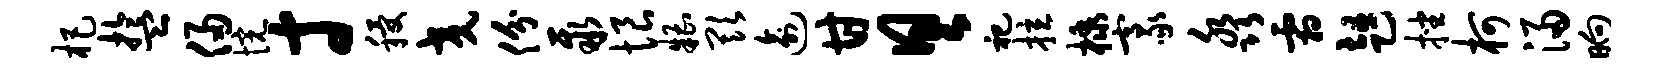
杷盂侵惋寸稷交份聚恨糟欺逾甘具祀拉棣豪淼霜趄挫柯浸晌